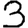
Digit: 3